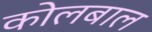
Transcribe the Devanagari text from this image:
कोलबाल